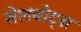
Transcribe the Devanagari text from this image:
सेलबोट्स